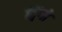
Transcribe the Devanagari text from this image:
ट्विंगो